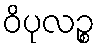
ဝိပုလဉ္စ